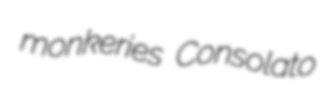
monkeries Consolato